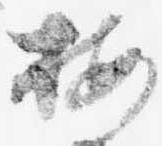
按